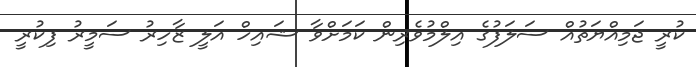
ކުރީ ޖަމިއްޔަތުއް ސަލަފުގެ އިލްމުވެރިން ކަމަށްވާ ޝައިހް އަލީ ޒާހިރު ސަމީރު ފިކުރީ